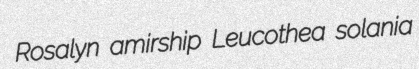
Rosalyn amirship Leucothea solania